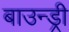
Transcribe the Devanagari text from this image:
बाउन्ड्री